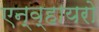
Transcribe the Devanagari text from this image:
एन्व्हायरो